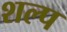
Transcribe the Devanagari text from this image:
शल्प